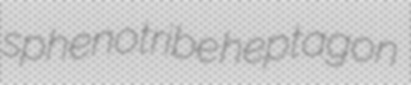
sphenotribe heptagon